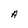
Character: A